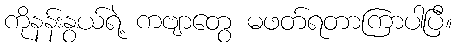
ကိုနန်းနွယ်ရဲ့ ကဗျာတွေ မဖတ်ရတာကြာပါပြီ။